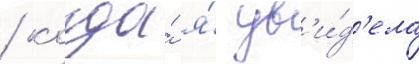
/ когда́ я́ ув'и́д'ела